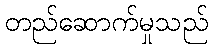
တည်ဆောက်မှုသည်